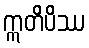
ဣတိပိဿ